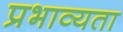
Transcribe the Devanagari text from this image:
प्रभाव्यता